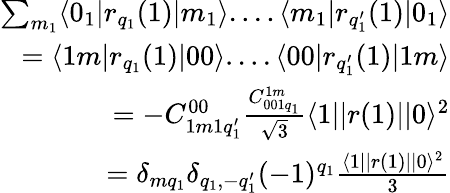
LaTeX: \begin{array}{r}{\sum_{m_{1}}\langle 0_{1}|r_{q_{1}}(1)|m_{1}\rangle....\langle m_{1}|r_{q_{1}^{\prime}}(1)|0_{1}\rangle}\\ {=\langle 1m|r_{q_{1}}(1)|00\rangle....\langle 00|r_{q_{1}^{\prime}}(1)|1m\rangle}\\ {=-C_{1m1q_{1}^{\prime}}^{00}\frac{C_{001q_{1}}^{1m}}{\sqrt{3}}\langle 1||r(1)||0\rangle^{2}}\\ {=\delta_{mq_{1}}\delta_{q_{1},-q_{1}^{\prime}}(-1)^{q_{1}}\frac{\langle 1||r(1)||0\rangle^{2}}{3}}\end{array}